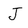
Character: J